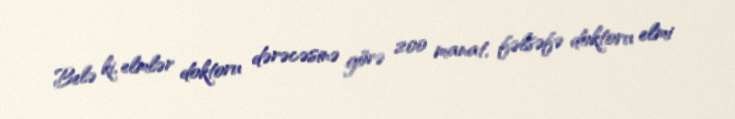
Belə ki, elmlər doktoru dərəcəsinə görə 200 manat, fəlsəfə doktoru elmi